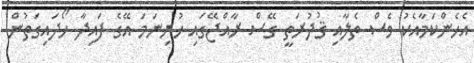
އެހެންކަމާއެކު ވެސް ތެލާއި ޤުދުރަތީ ގޭސް ރާއްޖޭގައި ހުރިނަމަ އޭގެ ފައިދާ ހޯދައިގަތުން